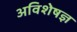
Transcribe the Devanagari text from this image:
अविशेषज्ञ